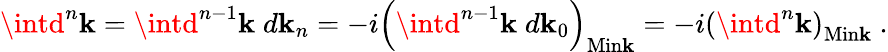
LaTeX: \intd^{n}\mathbf{k}=\intd^{n-1}\mathbf{k}\; d\mathbf{k}_{n}=-i\left(\intd^{n-1}\mathbf{k}\; d\mathbf{k}_{0}\right)_{\mathrm{{Min\mathbf{k}}}}=-i\left(\intd^{n}\mathbf{k}\right)_{\mathrm{{Min\mathbf{k}}}}\ .